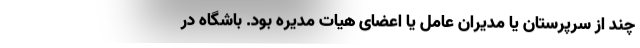
چند از سرپرستان یا مدیران عامل یا اعضای هیات مدیره بود. باشگاه در